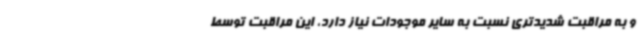
و به مراقبت شدیدتری نسبت به سایر موجودات نیاز دارد، این مراقبت توسط